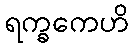
ရက္ခကေဟိ